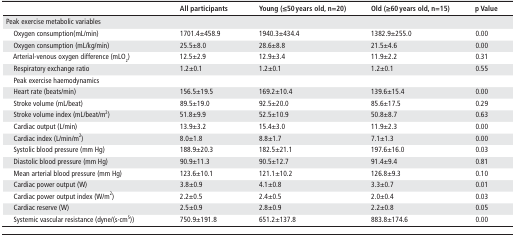
<table><thead><tr><td></td><td><b>All participants</b></td><td><b>Young (≤50 years old, n=20)</b></td><td><b>Old (≥60 years old, n=15)</b></td><td><b>p Value</b></td></tr></thead><tbody><tr><td colspan="5">Peak exercise metabolic variables</td></tr><tr><td> Oxygen consumption(mL/min)</td><td>1701.4±458.9</td><td>1940.3±434.4</td><td>1382.9±255.0</td><td>0.00</td></tr><tr><td> Oxygen consumption (mL/kg/min)</td><td>25.5±8.0</td><td>28.6±8.8</td><td>21.5±4.6</td><td>0.00</td></tr><tr><td> Arterial-venous oxygen difference (mLO<sub>2</sub>)</td><td>12.5±2.9</td><td>12.9±3.4</td><td>11.9±2.2</td><td>0.31</td></tr><tr><td> Respiratory exchange ratio</td><td>1.2±0.1</td><td>1.2±0.1</td><td>1.2±0.1</td><td>0.55</td></tr><tr><td> Peak exercise haemodynamics</td><td></td><td></td><td></td><td></td></tr><tr><td> Heart rate (beats/min)</td><td>156.5±19.5</td><td>169.2±10.4</td><td>139.6±15.4</td><td>0.00</td></tr><tr><td> Stroke volume (mL/beat)</td><td>89.5±19.0</td><td>92.5±20.0</td><td>85.6±17.5</td><td>0.29</td></tr><tr><td> Stroke volume index (mL/beat/m<sup>2</sup>)</td><td>51.8±9.9</td><td>52.5±10.9</td><td>50.8±8.7</td><td>0.63</td></tr><tr><td> Cardiac output (L/min)</td><td>13.9±3.2</td><td>15.4±3.0</td><td>11.9±2.3</td><td>0.00</td></tr><tr><td> Cardiac index (L/min/m<sup>2</sup>)</td><td>8.0±1.8</td><td>8.8±1.7</td><td>7.1±1.3</td><td>0.00</td></tr><tr><td> Systolic blood pressure (mm Hg)</td><td>188.9±20.3</td><td>182.5±21.1</td><td>197.6±16.0</td><td>0.03</td></tr><tr><td> Diastolic blood pressure (mm Hg)</td><td>90.9±11.3</td><td>90.5±12.7</td><td>91.4±9.4</td><td>0.81</td></tr><tr><td> Mean arterial blood pressure (mm Hg)</td><td>123.6±10.1</td><td>121.1±10.2</td><td>126.8±9.3</td><td>0.10</td></tr><tr><td> Cardiac power output (W)</td><td>3.8±0.9</td><td>4.1±0.8</td><td>3.3±0.7</td><td>0.01</td></tr><tr><td> Cardiac power output index (W/m<sup>2</sup>)</td><td>2.2±0.5</td><td>2.4±0.5</td><td>2.0±0.4</td><td>0.03</td></tr><tr><td> Cardiac reserve (W)</td><td>2.5±0.9</td><td>2.8±0.9</td><td>2.2±0.8</td><td>0.05</td></tr><tr><td> Systemic vascular resistance (dyne/(s·cm<sup>5</sup>))</td><td>750.9±191.8</td><td>651.2±137.8</td><td>883.8±174.6</td><td>0.00</td></tr></tbody></table>